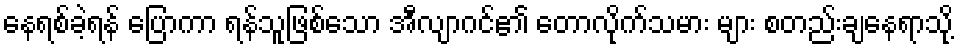
နေရစ်ခဲ့ရန် ပြောကာ ရန်သူဖြစ်သော အီလျာဂင်၏ တောလိုက်သမား များ စတည်းချနေရာသို့